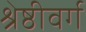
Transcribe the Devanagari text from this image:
श्रेष्ठीवर्ग